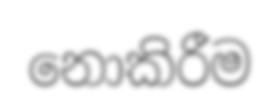
නොකිරීම